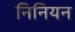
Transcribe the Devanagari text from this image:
निनियन